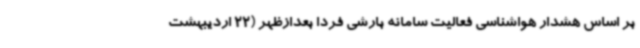
بر اساس هشدار هواشناسی فعالیت سامانه بارشی فردا بعدازظهر (22 اردیبهشت